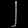
Digit: ၂